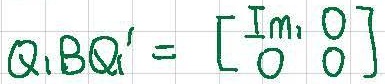
$Q_1 B Q_1' = \begin{bmatrix} I_{m_1} & 0 \\ 0 & 0 \end{bmatrix}$